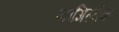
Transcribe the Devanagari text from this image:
नागिलोक